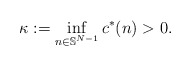
\begin{align*}\kappa := \inf_{n \in \mathbb{S}^{N-1}} c^* (n) >0.\end{align*}